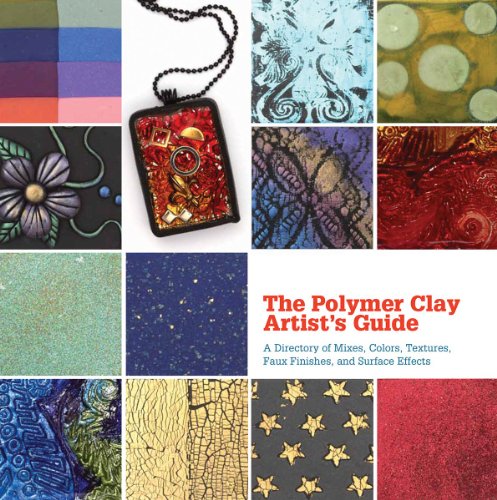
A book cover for The Polymer Clay Artist's Guide: A Directory of Mixes, Colors, Textures, Faux Finishes, and Surface Effects; Marie Segal; Crafts, Hobbies & Home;